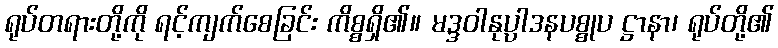
ရုပ်တရားတို့ကို ရင့်ကျက်စေခြင်း ကိစ္စရှိ၏။ မဒ္ဒဝါနုပ္ပါဒနပစ္စုပ ဋ္ဌာနာ၊ ရုပ်တို့၏